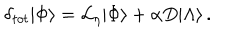
\delta _ { t o t } | \Phi \rangle = { \cal L } _ { \eta } | \Phi \rangle + \alpha D | \Lambda \rangle \, .